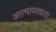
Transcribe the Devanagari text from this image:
आत्मापरकता